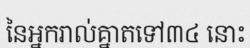
នៃអ្នករាល់គ្នាតទៅ៣៤ នោះ